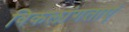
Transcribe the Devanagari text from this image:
विकलांगताएं